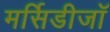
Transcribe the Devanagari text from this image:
मर्सिडीजॉ